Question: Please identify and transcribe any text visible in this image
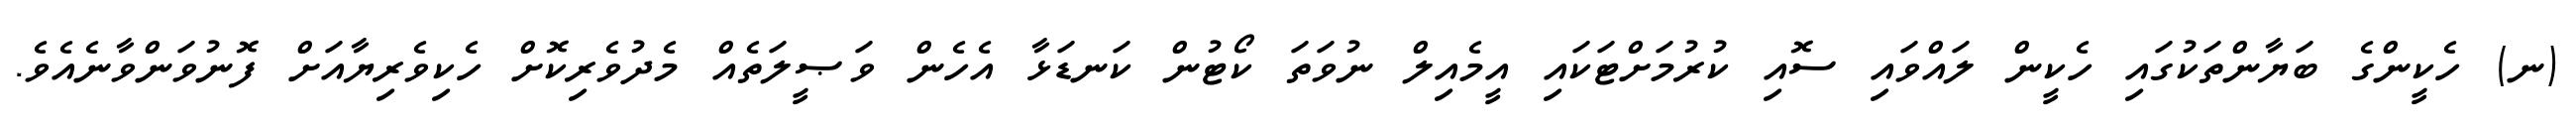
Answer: (ނ) ހެކީންގެ ބަޔާންތަކުގައި ހެކީން ލައްވައި ސޮއި ކުރުމަށްޓަކައި އީމެއިލް ނުވަތަ ކޯޓުން ކަނޑަޅާ އެހެން ވަޞީލަތެއް މެދުވެރިކޮށް ހެކިވެރިޔާއަށް ފޮނުވަންވާނެއެވެ.